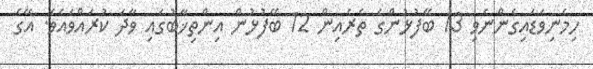
ހިމެނިވަޑައިގެންނެވި 13 ބޭފުޅުންގެ ތެރެއިން 12 ބޭފުޅުން އިންތިޚާބުގައި ވާދަ ކުރައްވައެވެ. އޭގެ